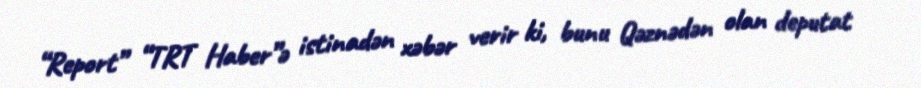
“Report” “TRT Haber”ə istinadən xəbər verir ki, bunu Qəznədən olan deputat